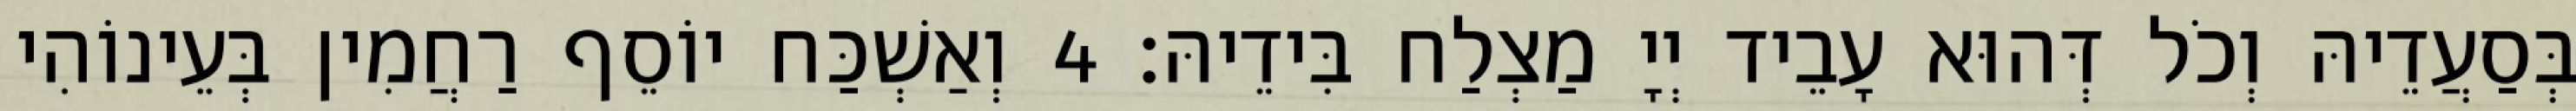
בְּסַעֲדֵיהּ וְכֹל דְּהוּא עָבֵיד יְיָ מַצְלַח בִּידֵיהּ׃ 4 וְאַשְׁכַּח יוֹסֵף רַחֲמִין בְּעֵינוֹהִי